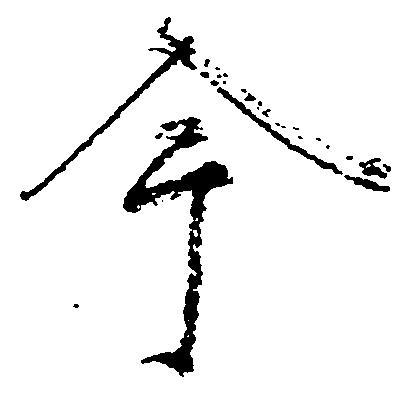
今